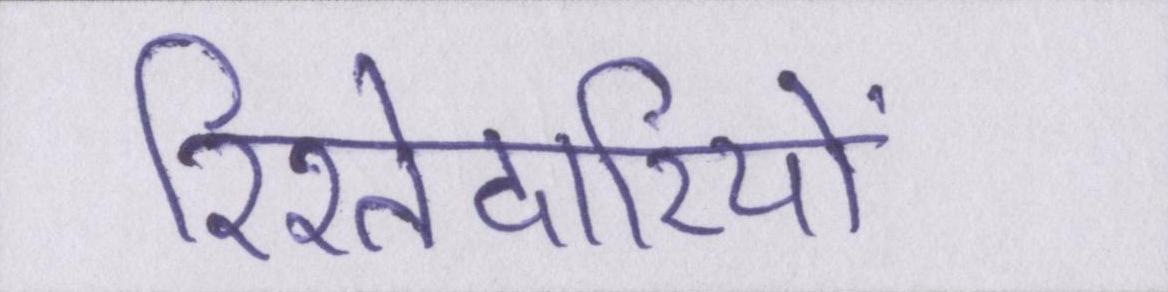
रिश्तेदारियों